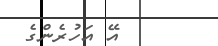
އޭ އަހުރެންގެ